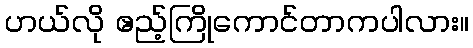
ဟယ်လို ဧည့်ကြိုကောင်တာကပါလား။